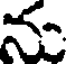
ను